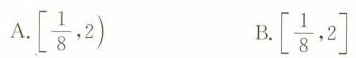
A.\left[ \frac{1}{8},2) B.\left[ \frac{1}{8},2\right]